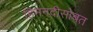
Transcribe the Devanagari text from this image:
हिमनदीसोबत